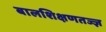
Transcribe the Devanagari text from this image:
बालशिक्षणतज्ज्ञ